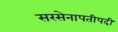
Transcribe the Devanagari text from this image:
सरसेनापतीपदी